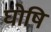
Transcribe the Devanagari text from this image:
घोषि